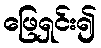
ဖြေရှင်း၍